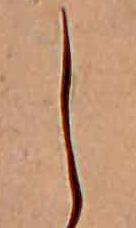
し